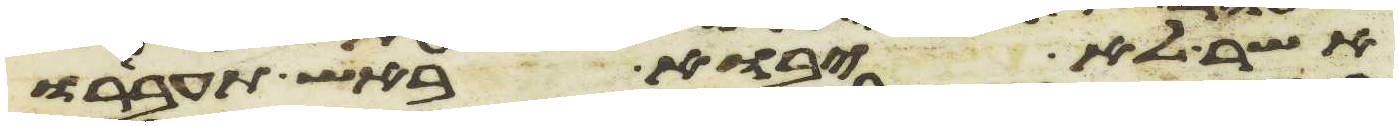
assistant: אשר לא יבוא באש תעבירו